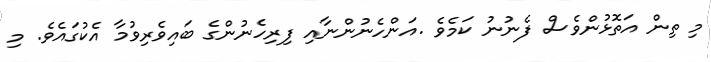
މި ތިން އަތޮޅުންވެސް ފެނުނު ކަމެވެ .އަންހެނުންނާއި ފިރިހެނުންގެ ބައިވެރިވުމާ އެކުގައެވެ. މި